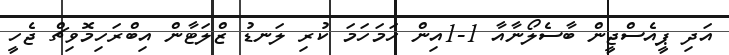
އަދި ޕީއެސްޖީން ބާސެލޯނާއާ 1-1އިން ހަމަހަމަ ކުރި ލަނޑު ޒްލަޓާން އިބްރަހިމޮވިޗް ޖެހީ